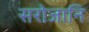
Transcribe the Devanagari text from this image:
सरोजानि